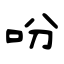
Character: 吩